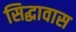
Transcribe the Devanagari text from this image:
सिद्धावास